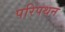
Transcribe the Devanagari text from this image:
परिपथन